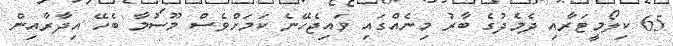
65 ކިލޯމީޓަރާއި ދެމެދުގެ ބާރު މިނެއްގައި ވައިޖެހޭނެ ކަމަށްވެސް މޫސުމާ ބެހޭ އިދާރާއިން